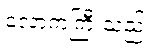
လောကကြီးသည်